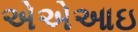
એએઆઇ